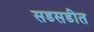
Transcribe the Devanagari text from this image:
सडसडीत